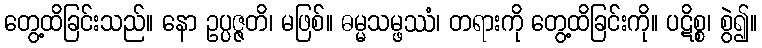
တွေ့ထိခြင်းသည်။ နော ဥပ္ပဇ္ဇတိ၊ မဖြစ်။ ဓမ္မသမ္ဖဿံ၊ တရားကို တွေ့ထိခြင်းကို။ ပဋိစ္စ၊ စွဲ၍။